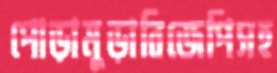
পোড়ামুড়াবিজেপিসহ